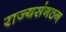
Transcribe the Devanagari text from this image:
राज्यसंगठन